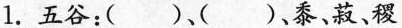
1.五谷：()、()，黍、菽，稷